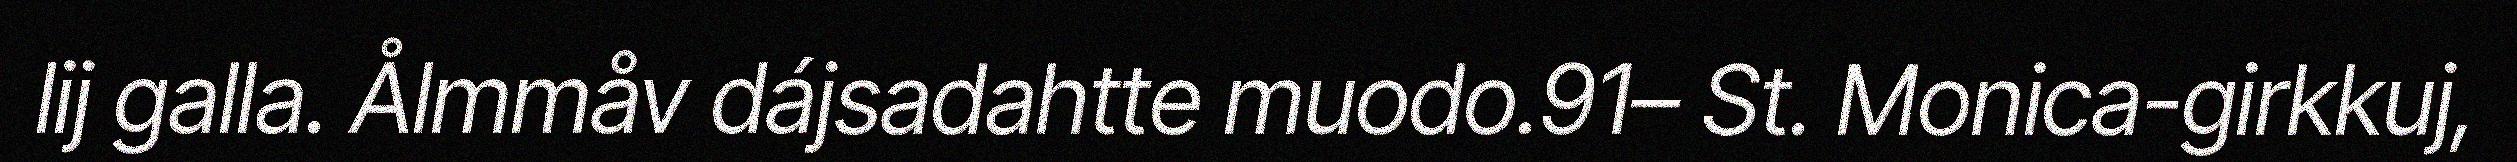
lij galla. Ålmmåv dájsadahtte muodo.91– St. Monica-girkkuj,